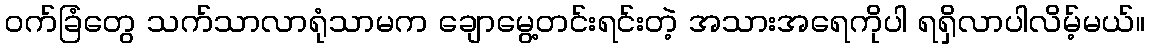
၀က်ခြံတွေ သက်သာလာရုံသာမက ချောမွေ့တင်းရင်းတဲ့ အသားအရေကိုပါ ရရှိလာပါလိမ့်မယ်။